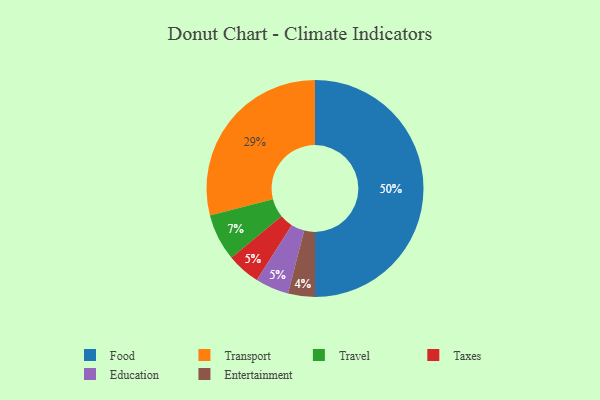
{"axis": {"x": "Category", "y": "Percentage"}, "legend": ["Education", "Entertainment", "Food", "Taxes", "Transport", "Travel"], "data": [{"x": "Taxes", "y": 5, "type": "Taxes"}, {"x": "Entertainment", "y": 4, "type": "Entertainment"}, {"x": "Travel", "y": 7, "type": "Travel"}, {"x": "Transport", "y": 29, "type": "Transport"}, {"x": "Food", "y": 50, "type": "Food"}, {"x": "Education", "y": 5, "type": "Education"}]}